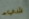
شيء